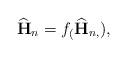
LaTeX: \begin{align*} \widehat{\mathbf{H}}_n = f_(\widehat{\mathbf{H}}_{n,}),\end{align*}